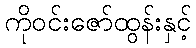
ကိုဝင်းဇော်ထွန်းနှင့်